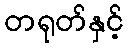
တရုတ်နှင့်